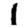
Digit: 1